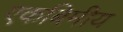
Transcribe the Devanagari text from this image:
एकबिमीय